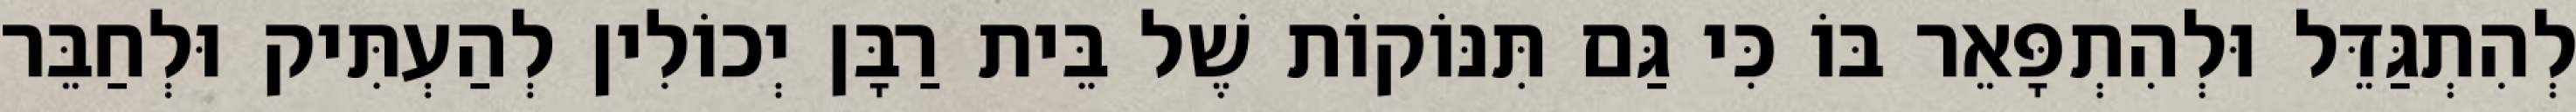
לְהִתְגַּדֵּל וּלְהִתְפָּאֵר בּוֹ כִּי גַּם תִּנּוֹקוֹת שֶׁל בֵּית רַבָּן יְכוֹלִין לְהַעְתִּיק וּלְחַבֵּר